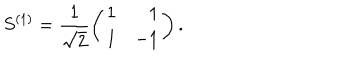
LaTeX: S ^ { ( 1 ) } = \frac { 1 } { \sqrt 2 } \left( \begin{array} { l r } { { 1 } } & { { 1 } } \\ { { 1 } } & { { - 1 } } \\ \end{array} \right) .